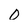
Character: 0